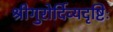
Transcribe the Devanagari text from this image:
श्रीगुरोर्दिव्यदृष्टिः